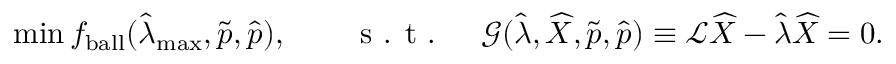
\operatorname* { m i n } f _ { \mathrm { { b a l l } } } ( \widehat { \lambda } _ { \mathrm { m a x } } , \widetilde { \boldsymbol { p } } , \widehat { \boldsymbol { p } } ) , \qquad \textrm { s . t . } \quad \mathcal { G } ( \widehat { \lambda } , \widehat { X } , \widetilde { \boldsymbol { p } } , \widehat { \boldsymbol { p } } ) \equiv \mathcal { L } \widehat { X } - \widehat { \lambda } \widehat { X } = 0 .